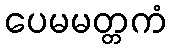
ပေမမတ္တကံ